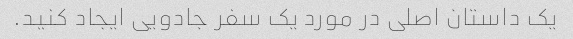
یک داستان اصلی در مورد یک سفر جادویی ایجاد کنید.